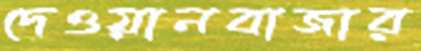
দেওয়ানবাজার